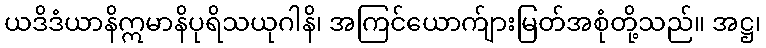
ယဒိဒံယာနိဣမာနိပုရိသယုဂါနိ၊ အကြင်ယောက်ျားမြတ်အစုံတို့သည်။ အဋ္ဌ၊